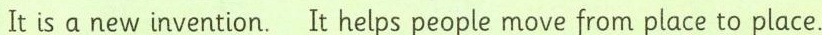
It is a new invention. It helps people move from place to place.